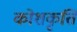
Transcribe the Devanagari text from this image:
कोशकृति